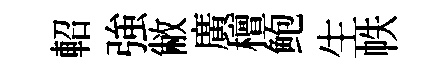
軺強敝廣檀鲍生帙